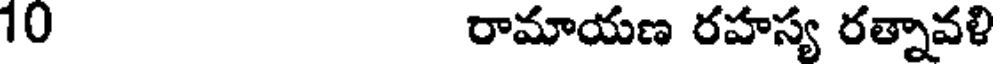
10 రామాయణ రహస్య రత్నావళి